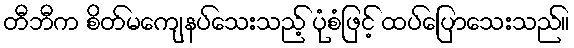
တီဘီက စိတ်မကျေနပ်သေးသည့် ပုံစံဖြင့် ထပ်ပြောသေးသည်။